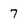
Character: 7